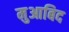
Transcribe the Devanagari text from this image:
मुआबिद